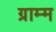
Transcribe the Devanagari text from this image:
ग्राम्म